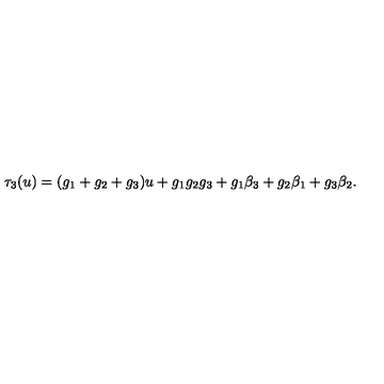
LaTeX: \tau _ { 3 } ( u ) = ( g _ { 1 } + g _ { 2 } + g _ { 3 } ) u + g _ { 1 } g _ { 2 } g _ { 3 } + g _ { 1 } \beta _ { 3 } + g _ { 2 } \beta _ { 1 } + g _ { 3 } \beta _ { 2 } .